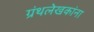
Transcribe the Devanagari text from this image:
ग्रंथलेखकांना